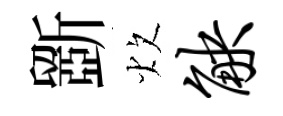
斵炊觖